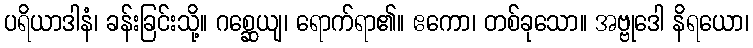
ပရိယာဒါနံ၊ ခန်းခြင်းသို့။ ဂစ္ဆေယျ၊ ရောက်ရာ၏။ ဧကော၊ တစ်ခုသော။ အဗ္ဗုဒေါ နိရယော၊